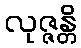
လုဇ္ဇန္တိ